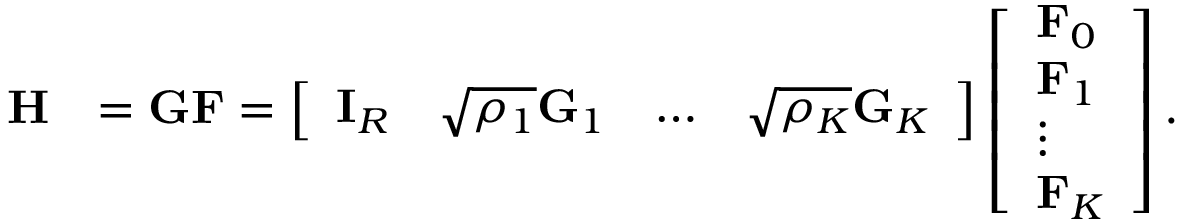
\begin{array} { r l } { \mathbf { H } } & { = \mathbf { G } \mathbf { F } = \left[ \begin{array} { l l l l } { \mathbf { I } _ { R } } & { \sqrt { \rho _ { 1 } } \mathbf { G } _ { 1 } } & { \ldots } & { \sqrt { \rho _ { K } } \mathbf { G } _ { K } } \end{array} \right] \left[ \begin{array} { l } { \mathbf { F } _ { 0 } } \\ { \mathbf { F } _ { 1 } } \\ { \vdots } \\ { \mathbf { F } _ { K } } \end{array} \right] . } \end{array}